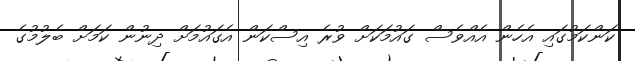
ކަންކަމުގައި އެހެން އެއްވެސް ގައުމަކަށް ވުރެ އިސްކަން އެގައުމަށް ދިނުން ކަމަށް ބެލުމުގެ